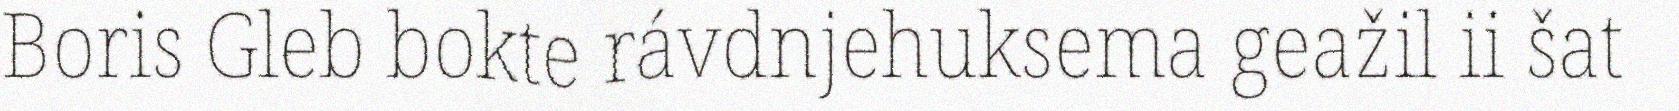
Boris Gleb bokte rávdnjehuksema geažil ii šat